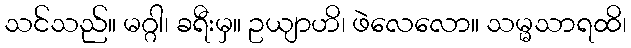
သင်သည်။ မဂ္ဂါ၊ ခရီးမှ။ ဥယျာဟိ၊ ဖဲလေလော။ သမ္မသာရထိ၊